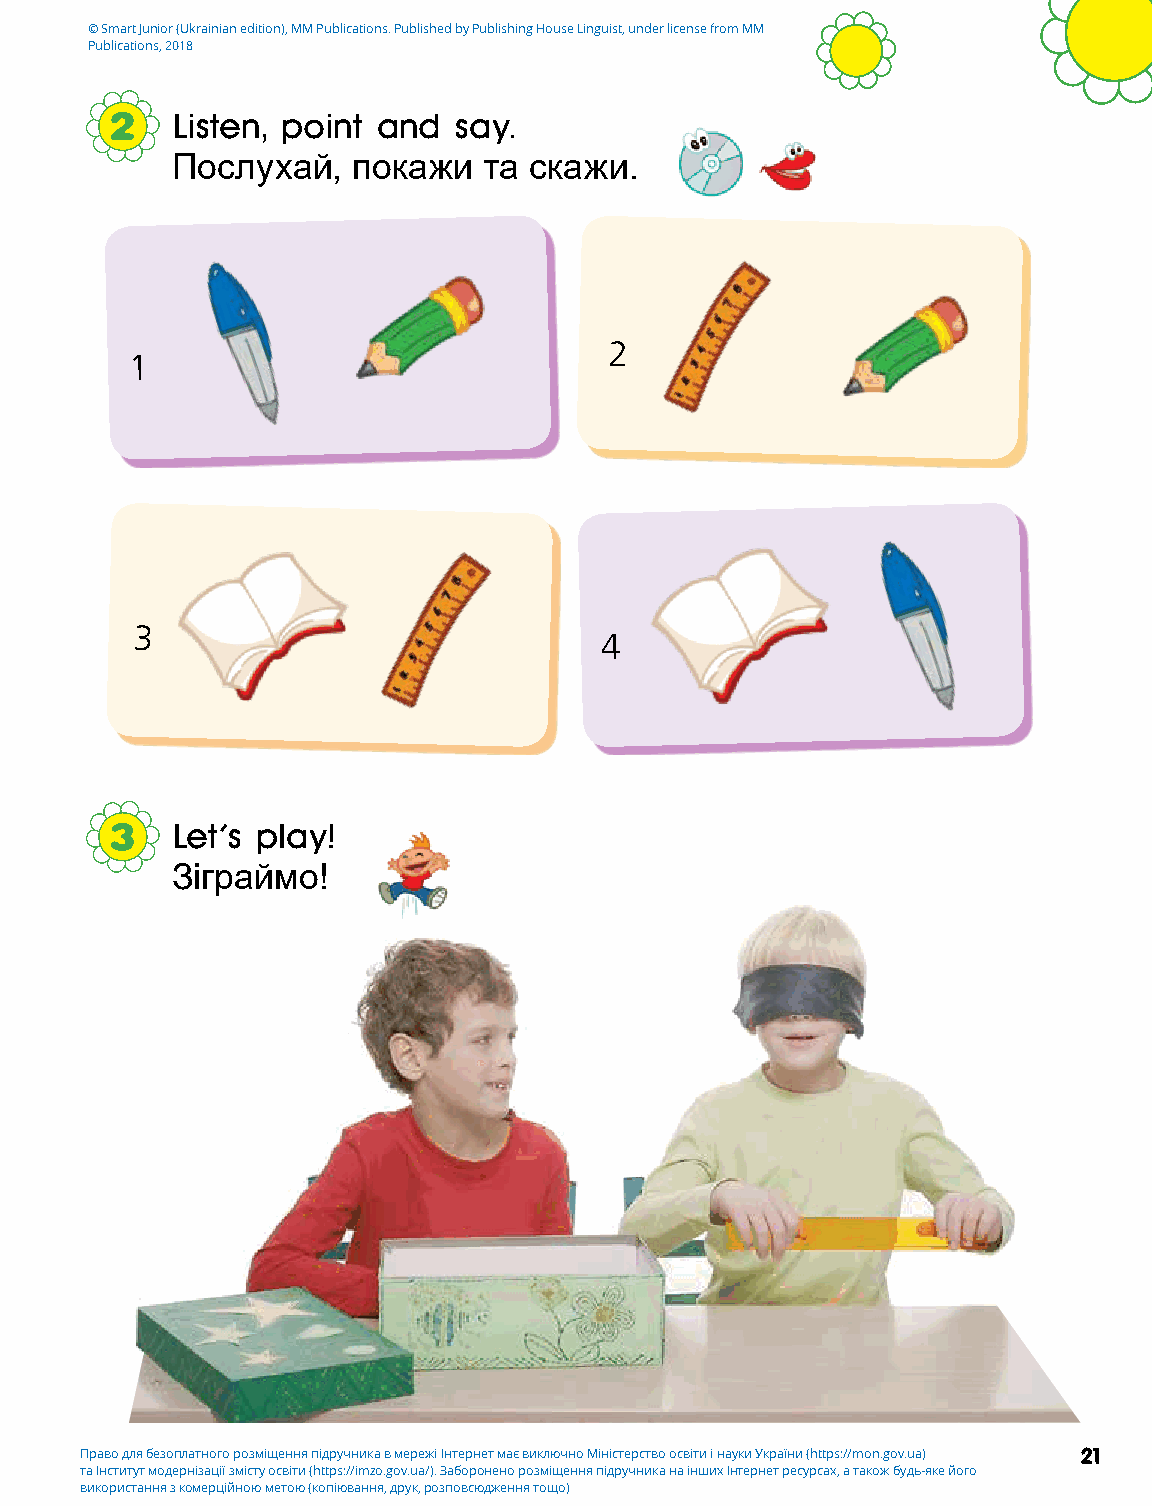
© Smart Junior (Ukrainian edition), MM Publications. Published by Publishing House Linguist, under license from MM
 Publications, 2018
 2   Listen, point and  say.
 Послухай,   покажи   та скажи.
 2
 1
 3
 4
 3   Let's play!
 Зіграймо!
 Право для безоплатного розміщення підручника в мережі Інтернет має виключно Міністерство освіти і науки України (https://mon.gov.ua) 21
 та Інститут модернізації змісту освіти (https://imzo.gov.ua/). Заборонено розміщення підручника на інших Інтернет ресурсах, а також будь-яке його
 використання з комерційною метою (копіювання, друк, розповсюдження тощо)